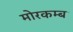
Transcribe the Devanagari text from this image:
मोरकम्ब